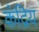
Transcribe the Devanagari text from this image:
कंद्रिय